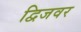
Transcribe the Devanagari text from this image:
द्विजवर